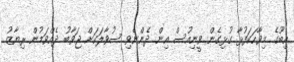
އިބޫގެ މިވާހަކަފުޅާ ގުޅިގެން ވީނިއުސް އިން ދެންނެވި ސުވާލަކަށް ޖަވާބު ދެއްވަމުން ރިޔާޒު